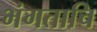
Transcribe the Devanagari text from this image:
भंगताचि